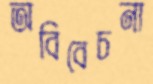
অবিবেচনা